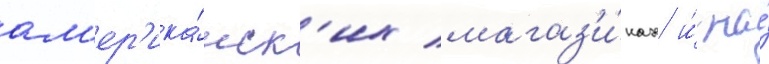
ам'ер'ика́нск'их магаз'и́нах и́ на́